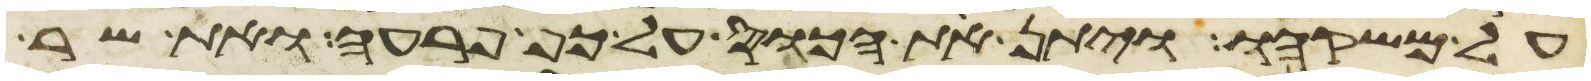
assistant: על משקהו ויתן את הכוס על כף פרעה ואת שר